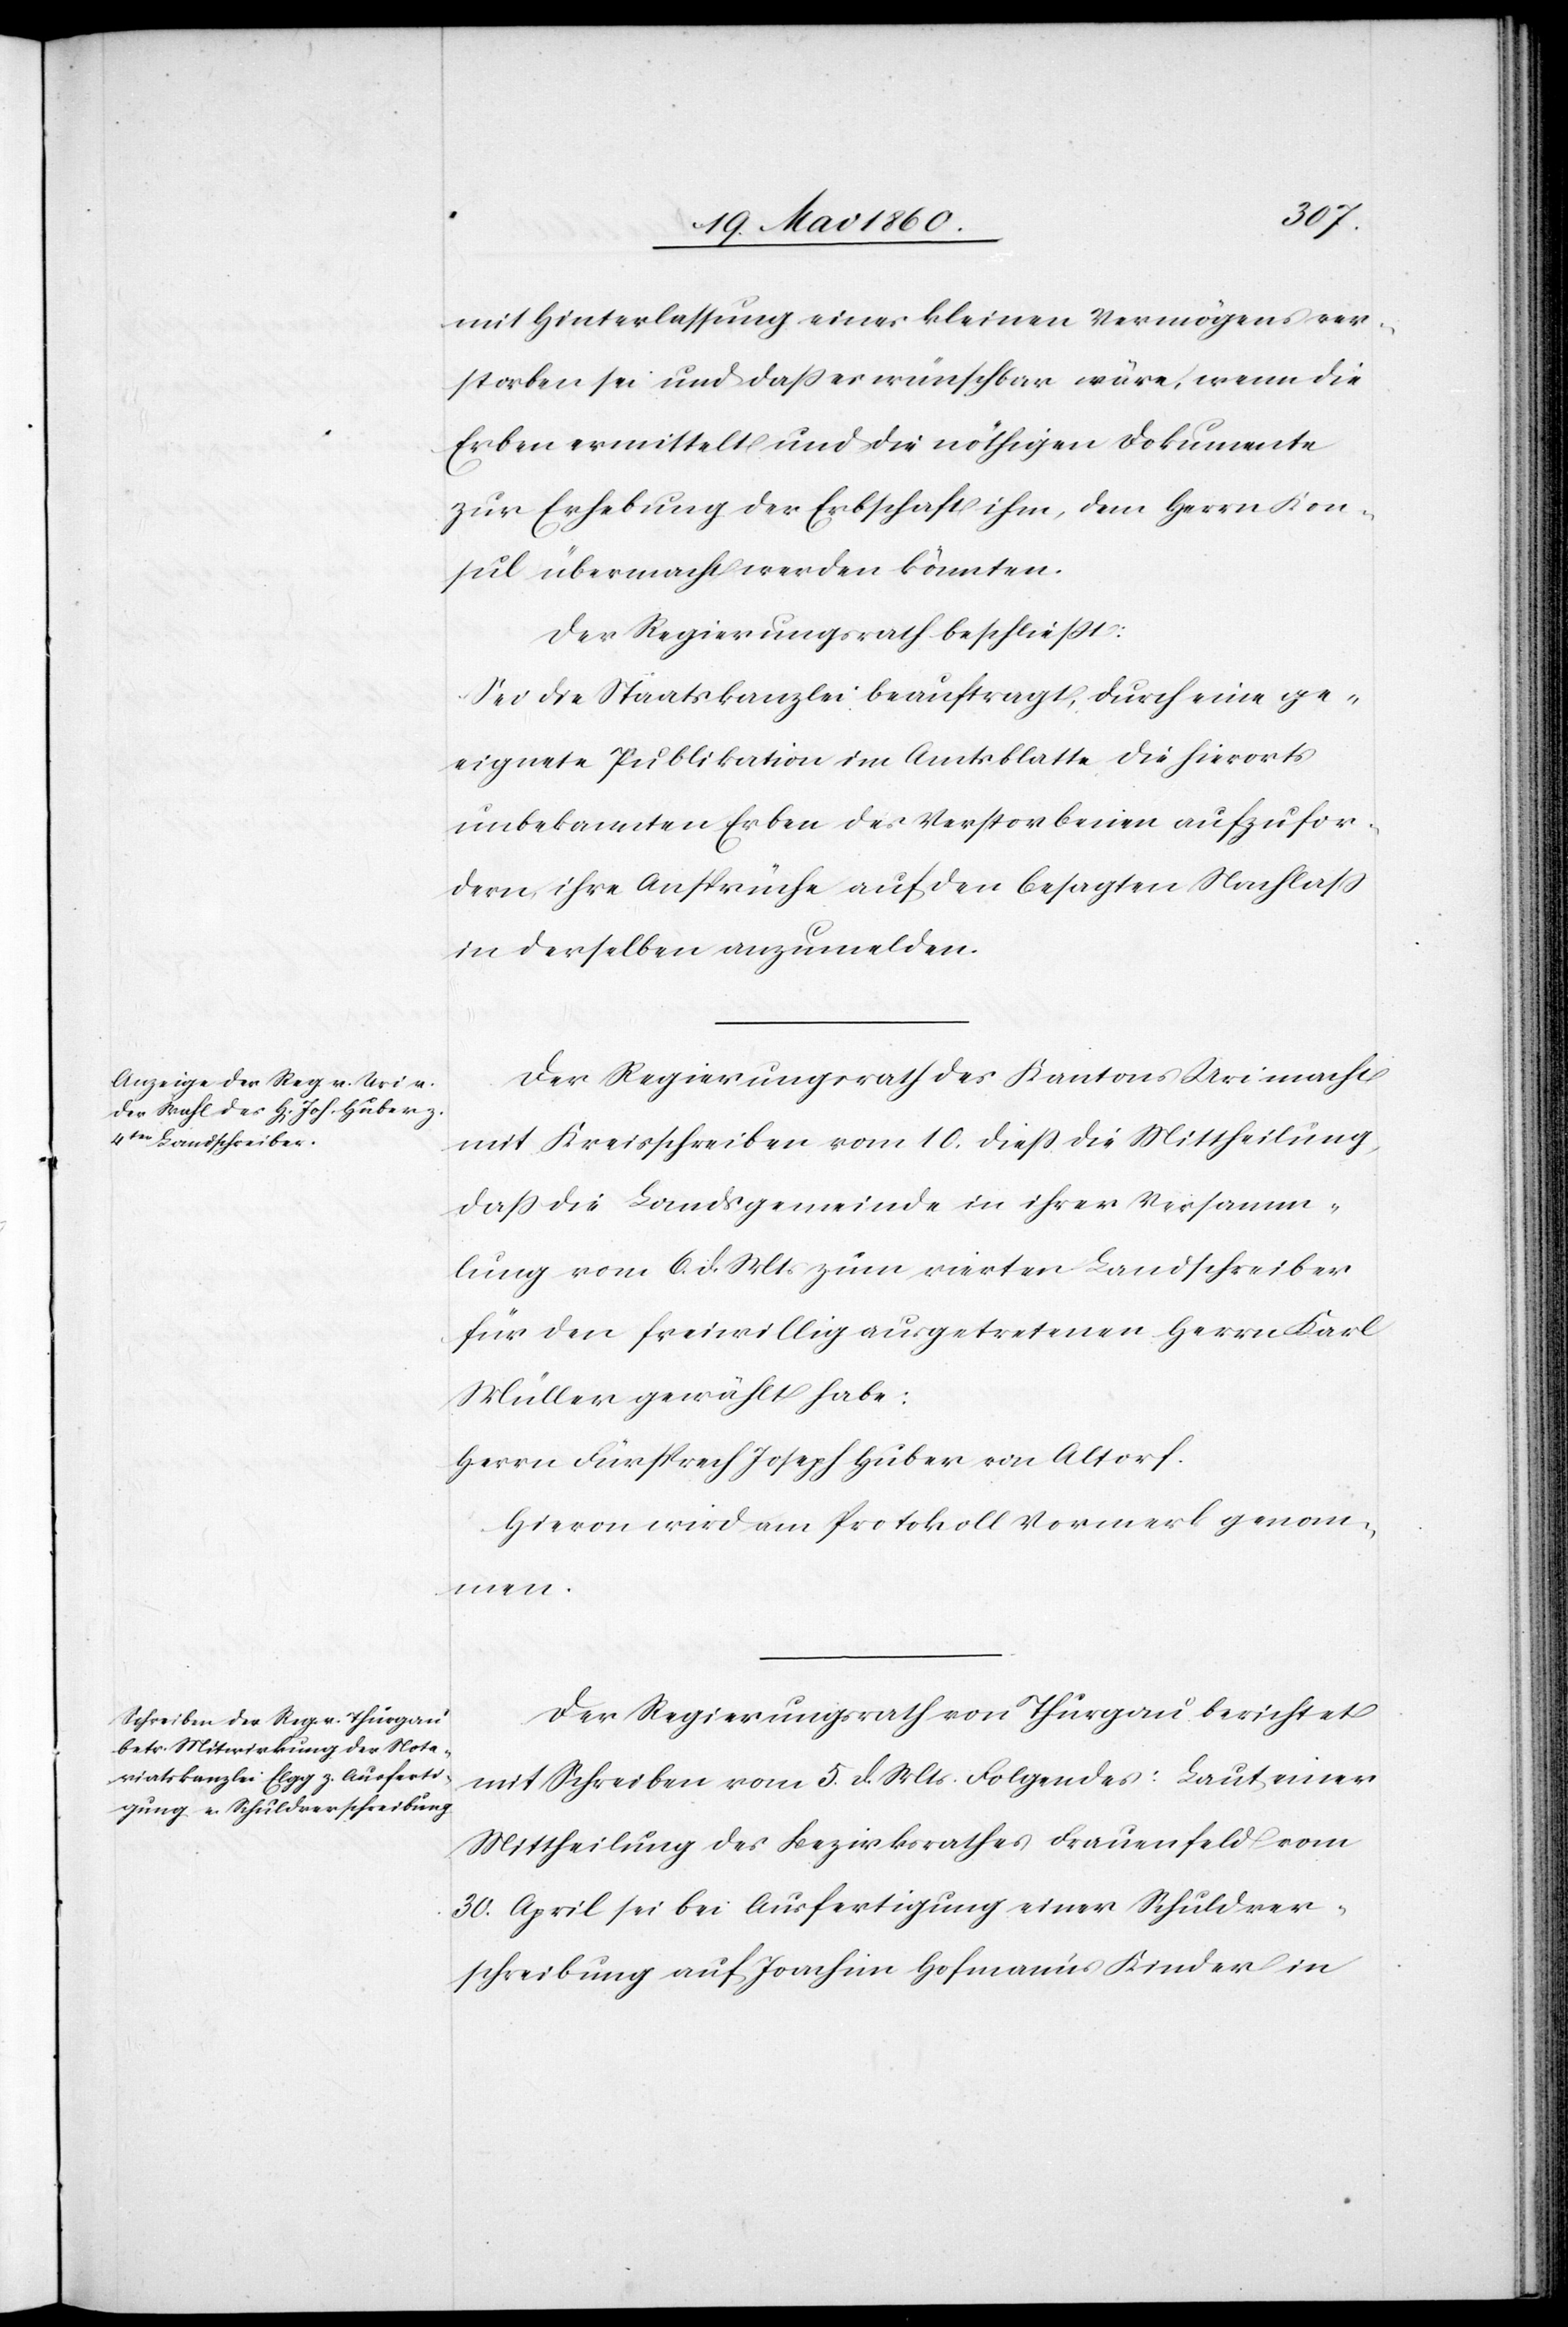
mit Hinterlassung eines kleinen Vermögens ver¬
storben sei und dass es wünschbar wäre, wenn die
Erben vermittelt und die nöthigen Dokumente
zur Erhebung der Erbschaft ihm, dem Herrn Kon¬
sul übermacht werden könnten.
Der Regierungsrath beschliesst:
Sei die Staatskanzlei beauftragt, durch eine ge¬
eignete Publikation im Amtsblatte die hierorts
unbekannten Erben des Verstorbenen aufzufor¬
dern, ihre Ansprüche auf den besagten Nachlass
in derselben anzumelden.
Der Regierungsrath des Kantons Uri macht
mit Kreisschreiben vom 10. diess die Mittheilung,
dass die Landsgemeinde in ihrer Versamm¬
lung vom 6. d. Mts. zum vierten Landschreiber
für den freiwillig ausgetretenen Herrn Karl
Müller gewählt habe:
Herrn Fürsprech Joseph Huber von Altorf.
Hievon wird am Protokoll Vormerk genom¬
men.
Der Regierungsrath von Thurgau berichtet
mit Schreiben vom 5. d. Mts. Folgendes: Laut einer
Mittheilung des Bezirksrathes Frauenfeld vom
30. April sei bei Ausfertigung einer Schuldver¬
schreibung auf Joachim Hofmann’s Kinder in